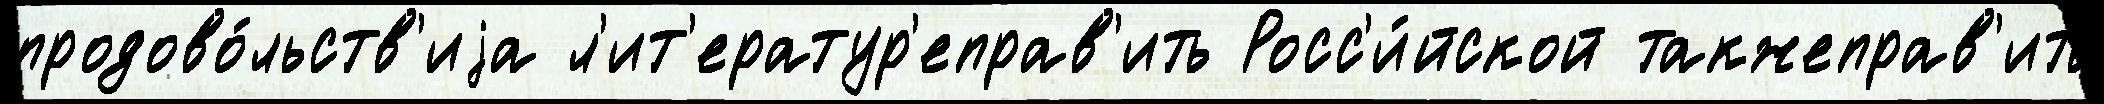
продово́льств'иjа л'ит'ератур'еправ'ить Росс'и́йской такжеправ'ить